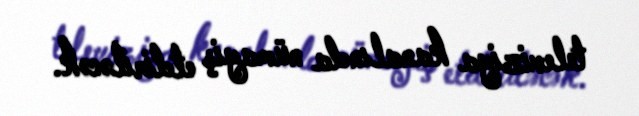
televiziya kanalında nümayiş etdiriləcək.